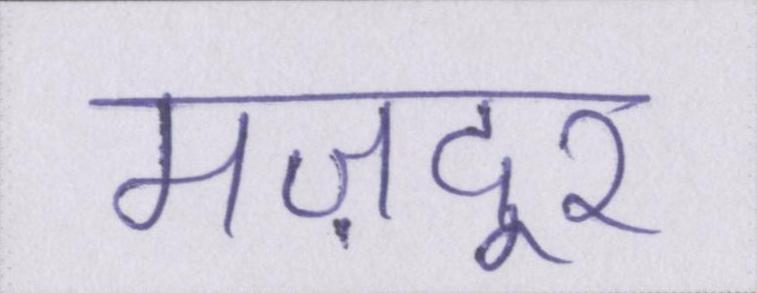
मज़दूर